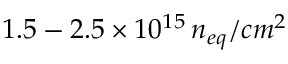
1 . 5 - 2 . 5 \times 1 0 ^ { 1 5 } \, n _ { e q } / c m ^ { 2 }